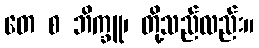
တေ စ ဘိက္ခူ၊ တို့သည်လည်း။